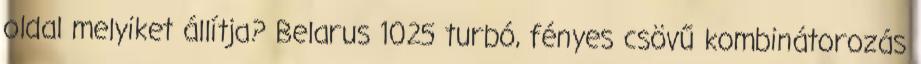
oldal melyiket állítja? Belarus 1025 turbó, fényes csövű kombinátorozás